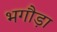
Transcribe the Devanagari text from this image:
भगौड़ा